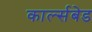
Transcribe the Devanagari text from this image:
कार्ल्सबेड